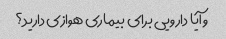
و آیا دارویی برای بیماری هوازی دارید؟